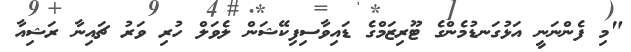
"މި ފެންނަނީ އަޅުގަނޑުމެންގެ ޓޫރިޒަމްގެ ޑައިވާސިފިކޭޝަން ލެވަލް ހުރި ވަރު ޗައިނާ ރަޝިއާ